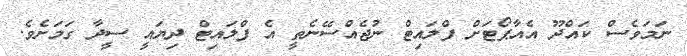
ނަމަވެސް ކައްދޫ އެއާޕޯޓަށް ފްލައިޓް ނުޖެއްސޭނެތީ އެ ފްލައިޓް ދިޔައީ ސީދާ ގަމަށެވެ.